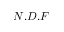
N . D . F